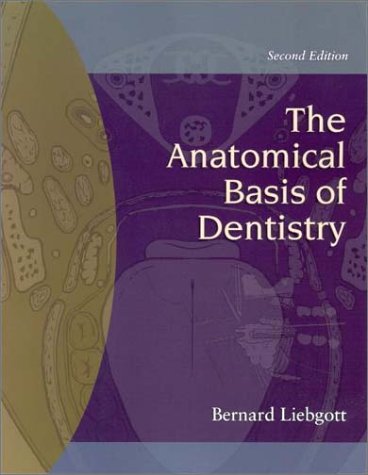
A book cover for The Anatomical Basis of Dentistry, 2nd Edition; Bernard Liebgott; Medical Books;